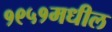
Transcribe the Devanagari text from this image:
१९५१मधील